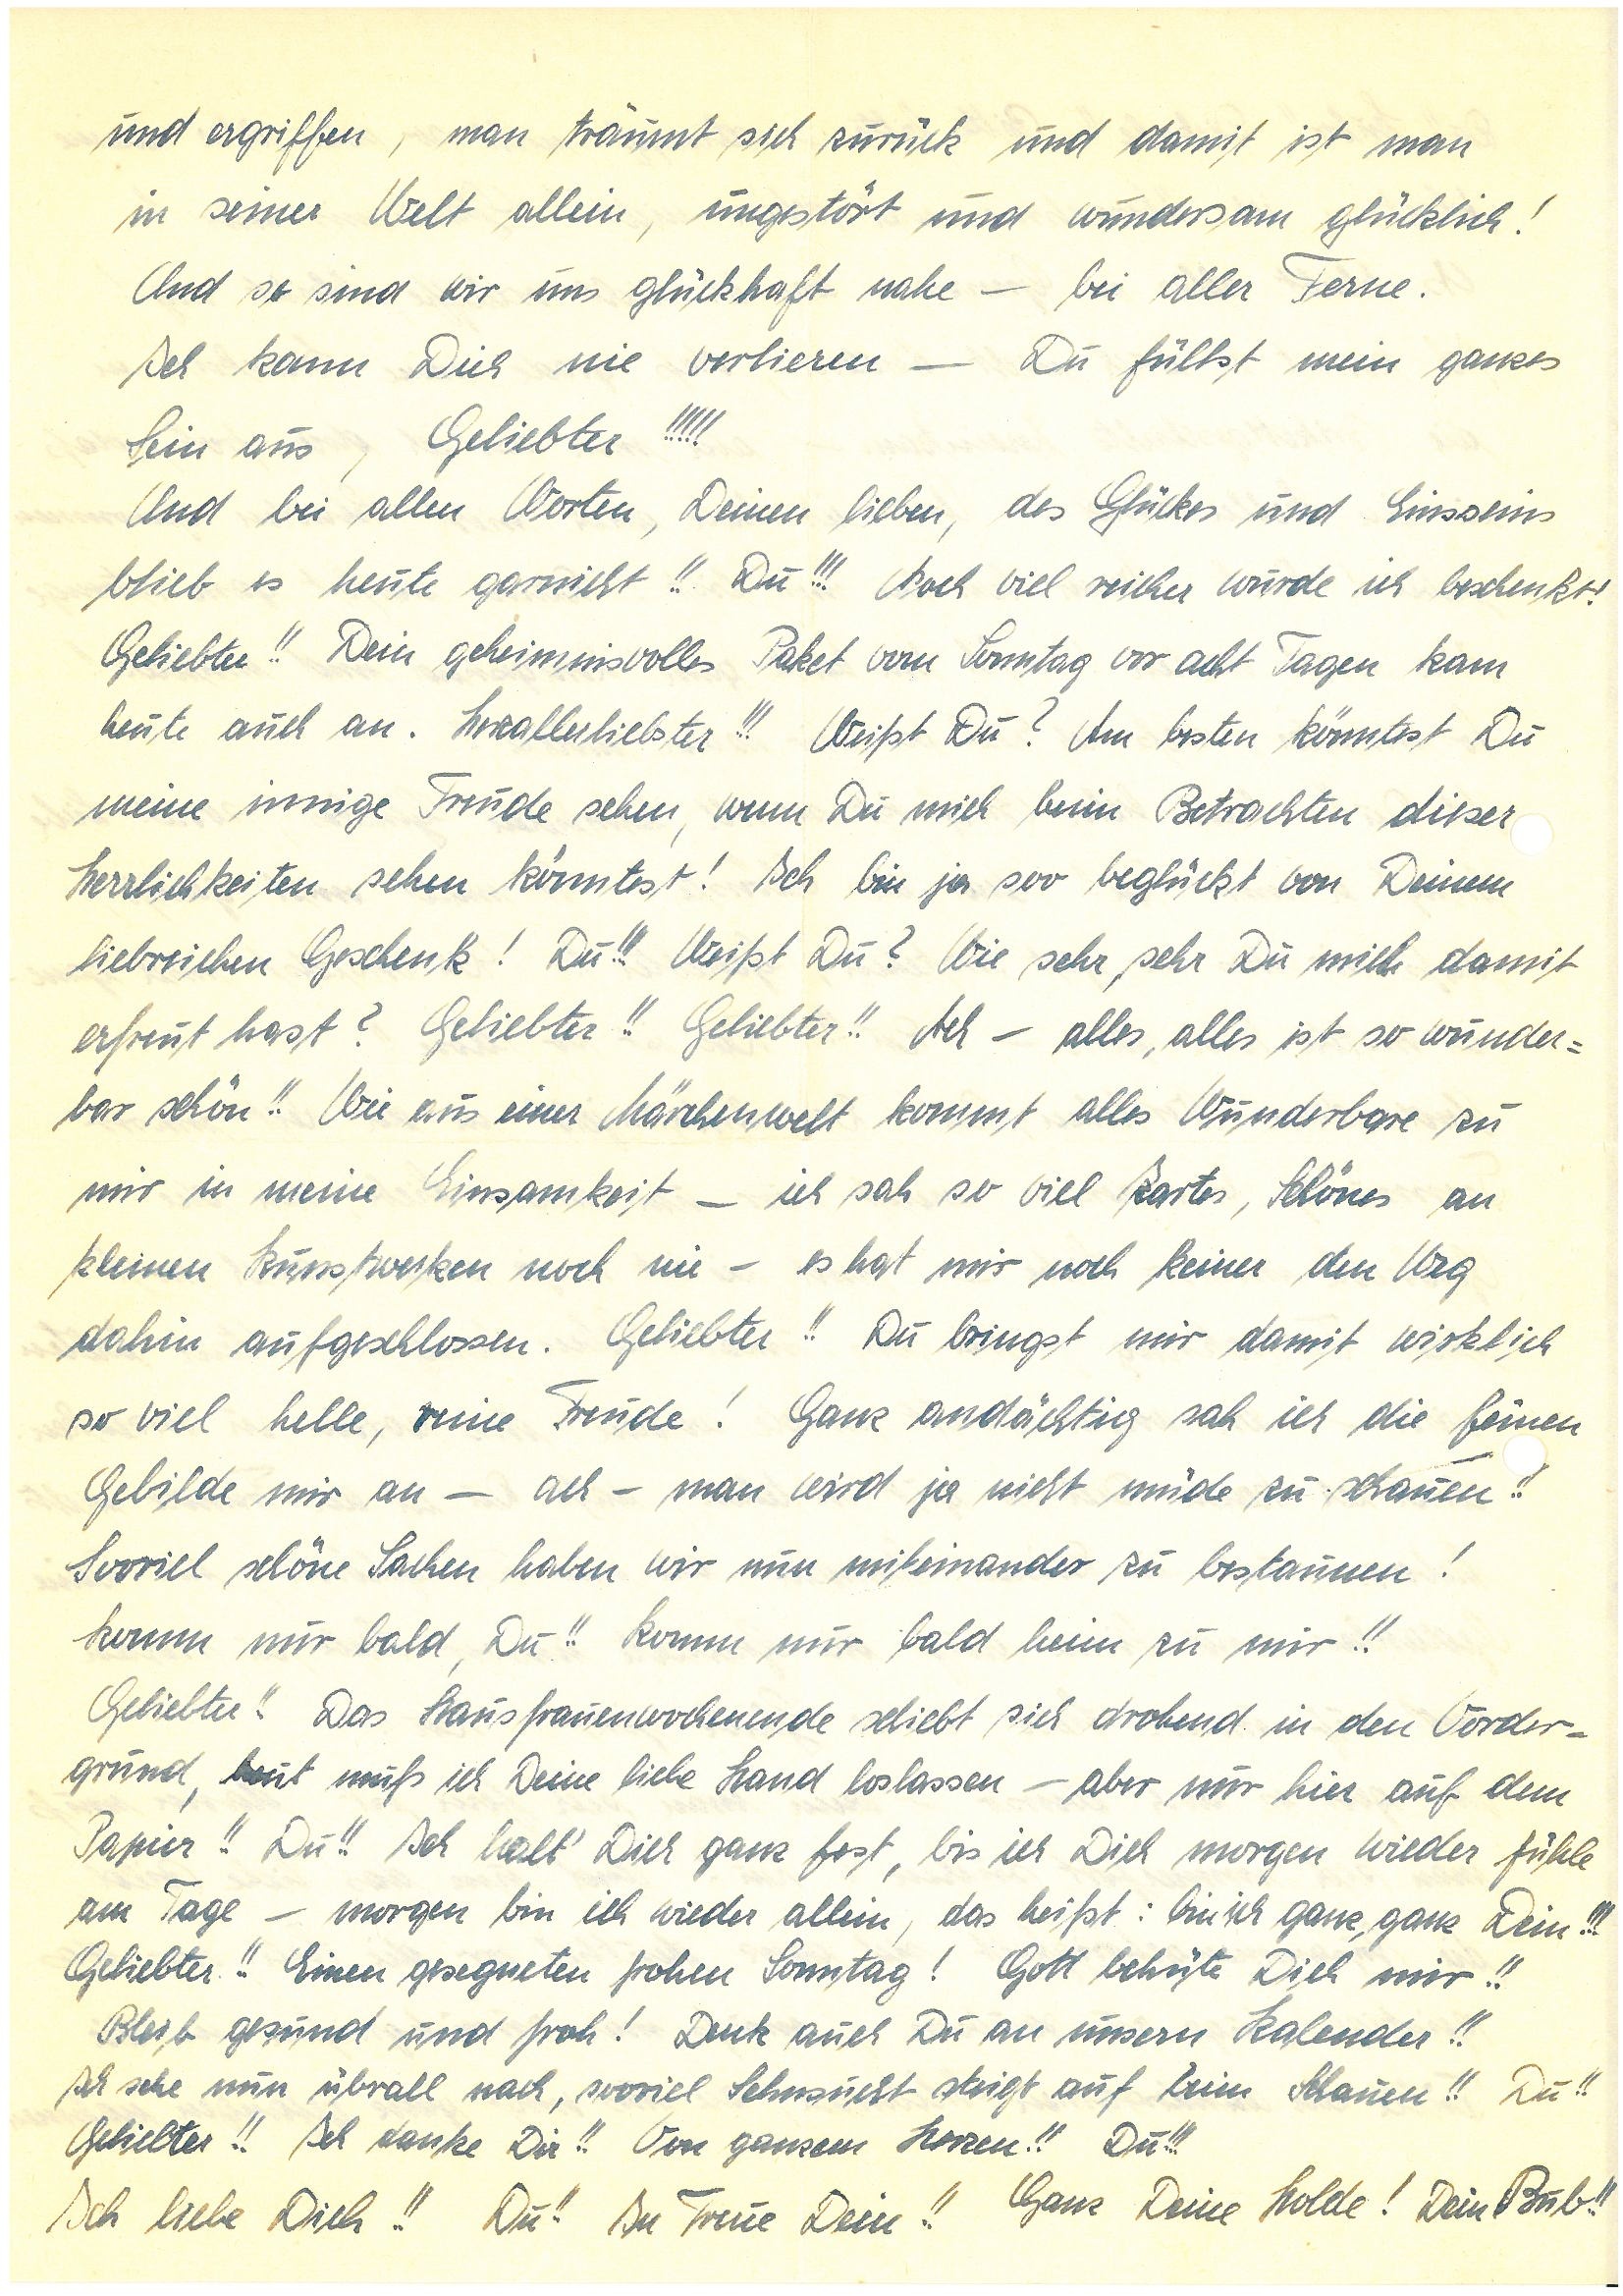
und ergriffen, man träumt sich zurück und damit ist man
in seiner Welt allein, ungestört und wundersam glücklich!
Und so sind wir uns glückhaft nahe – bei aller Ferne.
Ich kann Dich nie verlieren – Du füllst mein ganzes
Sein aus, Geliebter!!!!!
Und bei allen Worten, Deinen lieben, des Glückes und Einsseins
blieb es heute garnicht !! Du!!! Noch viel reicher wurde ich beschenkt!
Geliebter!! Dein geheimnisvolles Paket vom Sonntag vor acht Tagen kam
heute auch an. Herzallerliebster!!! Weißt Du? Am besten könntest Du
meine innige Freude sehen, wenn Du mich beim Betrachten dieser
Herrlichkeiten sehen könntest! Ich bin ja soo beglückt von Deinem
liebreichen Geschenk! Du!!! Weißt Du? Wie sehr, sehr Du mich damit
erfreut hast? Geliebter!! Geliebter!! Ach – alles, alles ist so wunder¬
bar schön!! Wie aus einer Märchenwelt kommt alles Wunderbare zu
mir in meine Einsamkeit – ich sah so viel Zartes, Schönes an
kleinen Kunstwerken noch nie – es hat mir noch keiner den Weg
dahin aufgeschlossen. Geliebter!! Du bringst mir damit wirklich
so viel helle reine Freude! Ganz andächtig sah ich die feinen
Gebilde mir an – ach – man wird ja nicht müde zu schauen!!
Soviel schöne Sachen haben wir nun miteinander zu bestaunen!
Komm nur bald, Du!! Komm nur bald heim zu mir!
Geliebter!! Das Hausfrauenwochenende schiebt sich drohend in den Vorder¬
grund, heut muß ich Deine liebe Hand loslassen – aber nur auf dem
Papier!! Du!! Ich halt’ Dich ganz fest, bis ich Dich morgen wieder fühle
am Tage – morgen bin ich wieder allein, das heißt: bin ich ganz, ganz Dein!!!
Geliebter!! Einen gesegneten frohen Sonntag! Gott behüte Dich mir!!
Bleib gesund und froh! Denk auch Du an unsern Kalender!!
Ich sehe nun übrall nach, sooviel Sehnsucht steigt auf beim Schauen!! Du!!
Geliebter!! Ich danke Dir!! Von ganzem Herzen!! Du!!!
Ich liebe Dich!! Du!! In Treue Dein!! Ganz Deine Holde! Dein Bub!!